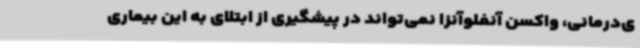
ی‌درمانی، واکسن آنفلوآنزا نمی‌تواند در پیشگیری از ابتلای به این بیماری